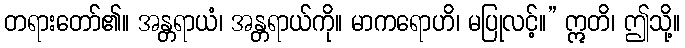
တရားတော်၏။ အန္တရာယံ၊ အန္တရာယ်ကို။ မာကရောဟိ၊ မပြုလင့်။” ဣတိ၊ ဤသို့။